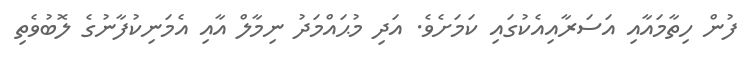
ފުން ހިތާމައާއި އަސަރާއިއެކުގައި ކަމަށެވެ. އަދި މުޙައްމަދު ނިމާލް އާއި އެމަނިކުފާނުގެ ލޮބުވެތި